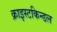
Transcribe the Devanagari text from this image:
क्राइस्टकिन्डल